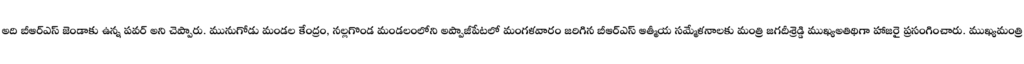
అది బీఆర్ఎస్ జెండాకు ఉన్న పవర్ అని చెప్పారు. మునుగోడు మండల కేంద్రం, నల్లగొండ మండలంలోని అప్పాజీపేటలో మంగళవారం జరిగిన బీఆర్ఎస్ ఆత్మీయ సమ్మేళనాలకు మంత్రి జగదీశ్రెడ్డి ముఖ్యఅతిథిగా హాజరై ప్రసంగించారు. ముఖ్యమంత్రి